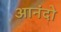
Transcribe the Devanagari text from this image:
आनंदो